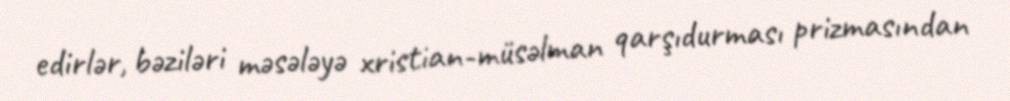
edirlər, bəziləri məsələyə xristian-müsəlman qarşıdurması prizmasından